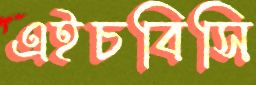
এইচবিসি